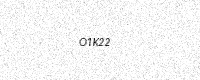
Text: O1K22